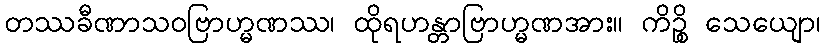
တဿခီဏာသဝဗြာဟ္မဏဿ၊ ထိုရဟန္တာဗြာဟ္မဏအား။ ကိဉ္စိ သေယျော၊